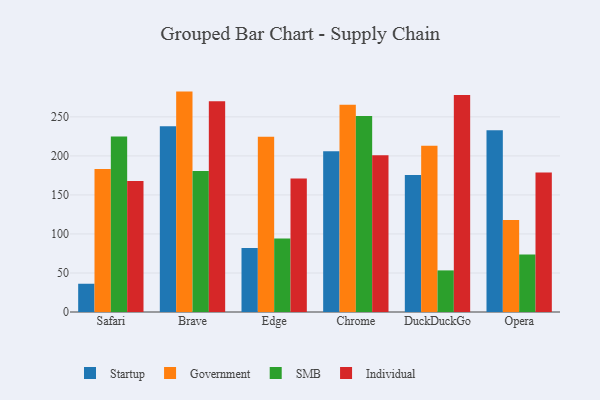
{"axis": {"x": "Browser", "y": "Bounce Rate (%)"}, "legend": ["Government", "Individual", "SMB", "Startup"], "data": [{"x": "Safari", "y": 36.2, "type": "Startup"}, {"x": "Safari", "y": 183.1, "type": "Government"}, {"x": "Safari", "y": 224.8, "type": "SMB"}, {"x": "Safari", "y": 167.9, "type": "Individual"}, {"x": "Brave", "y": 238.0, "type": "Startup"}, {"x": "Brave", "y": 282.4, "type": "Government"}, {"x": "Brave", "y": 180.8, "type": "SMB"}, {"x": "Brave", "y": 270.1, "type": "Individual"}, {"x": "Edge", "y": 82.0, "type": "Startup"}, {"x": "Edge", "y": 224.6, "type": "Government"}, {"x": "Edge", "y": 94.2, "type": "SMB"}, {"x": "Edge", "y": 170.9, "type": "Individual"}, {"x": "Chrome", "y": 206.0, "type": "Startup"}, {"x": "Chrome", "y": 265.7, "type": "Government"}, {"x": "Chrome", "y": 251.2, "type": "SMB"}, {"x": "Chrome", "y": 200.8, "type": "Individual"}, {"x": "DuckDuckGo", "y": 175.5, "type": "Startup"}, {"x": "DuckDuckGo", "y": 212.9, "type": "Government"}, {"x": "DuckDuckGo", "y": 53.3, "type": "SMB"}, {"x": "DuckDuckGo", "y": 278.2, "type": "Individual"}, {"x": "Opera", "y": 233.0, "type": "Startup"}, {"x": "Opera", "y": 117.8, "type": "Government"}, {"x": "Opera", "y": 73.7, "type": "SMB"}, {"x": "Opera", "y": 178.6, "type": "Individual"}]}